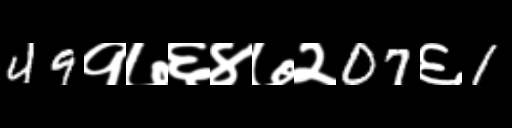
Text: 49१७६४७२07६1